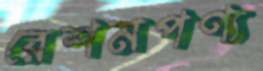
রেশমপণ্য